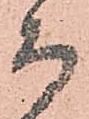
而